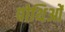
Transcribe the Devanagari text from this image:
पोथिओं